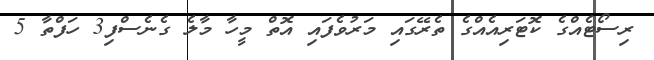
ރިސޯޓެއްގެ ކޮޓަރިއެއްގެ ތެރޭގައި މަރުވެފައި އޮތް މީހާ މާލެ ގެނެސްފި3 ހަފްތާ 5